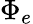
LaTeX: \Phi_{e}